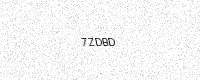
Text: 7ZDBD